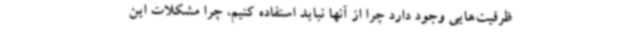
ظرفیت‌هایی وجود دارد چرا از آنها نباید استفاده کنیم، چرا مشکلات این